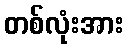
တစ်လုံးအား